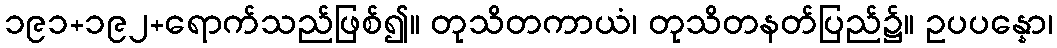
၁၉၁+၁၉၂+ရောက်သည်ဖြစ်၍။ တုသိတကာယံ၊ တုသိတနတ်ပြည်၌။ ဥပပန္နော၊